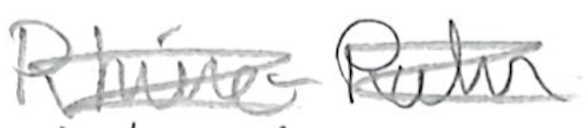
Text: Rhine-Ruhr
Cross-out: scratch
Writing tool: pencil